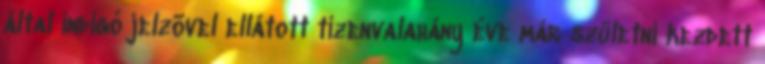
által indigó jelzõvel ellátott tizenvalahány éve már születni kezdett